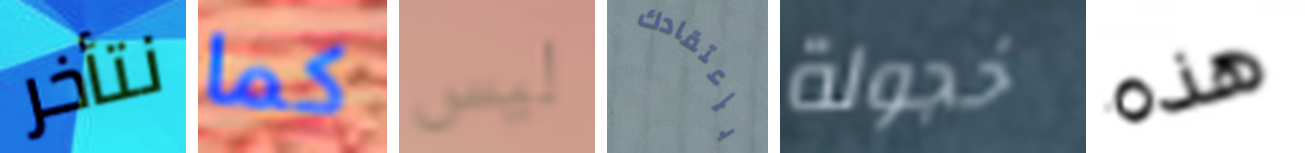
نتأخر كما ليس بإعتقادك خجولة هذه